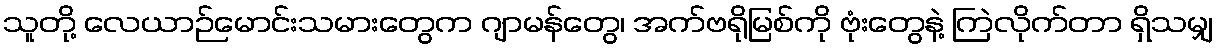
သူတို့ လေယာဉ်မောင်းသမားတွေက ဂျာမန်တွေ၊ အက်ဗရိုမြစ်ကို ဗုံးတွေနဲ့ ကြဲလိုက်တာ ရှိသမျှ